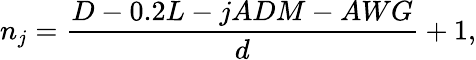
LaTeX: n_{j}=\frac{D-0.2L-jADM-AWG}{d}+1,